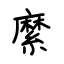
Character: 縻